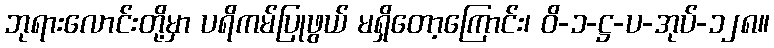
ဘုရားလောင်းတို့မှာ ပရိကမ်ပြုဖွယ် မရှိတော့ကြောင်း၊ ဝိ-၁-ဋ္ဌ-ပ-အုပ်-၁၂၈။